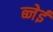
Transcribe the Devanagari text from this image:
ब्नेई